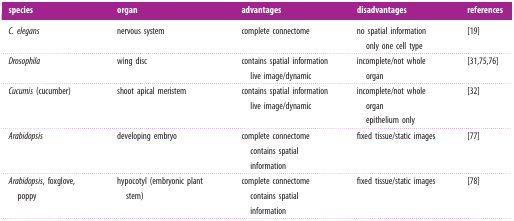
<table><thead><tr><td><b>species</b></td><td><b>organ</b></td><td><b>advantages</b></td><td><b>disadvantages</b></td><td><b>references</b></td></tr></thead><tbody><tr><td><i>C. elegans</i></td><td>nervous system</td><td>complete connectome</td><td>no spatial informationonly one cell type</td><td>[19]</td></tr><tr><td><i>Drosophila</i></td><td>wing disc</td><td>contains spatial informationlive image/dynamic</td><td>incomplete/not whole organ</td><td>[31,75,76]</td></tr><tr><td><i>Cucumis</i> (cucumber)</td><td>shoot apical meristem</td><td>contains spatial informationlive image/dynamic</td><td>incomplete/not whole organepithelium only</td><td>[32]</td></tr><tr><td><i>Arabidopsis</i></td><td>developing embryo</td><td>complete connectomecontains spatial information</td><td>fixed tissue/static images</td><td>[77]</td></tr><tr><td><i>Arabidopsis</i>, foxglove, poppy</td><td>hypocotyl (embryonic plant stem)</td><td>complete connectomecontains spatial information</td><td>fixed tissue/static images</td><td>[78]</td></tr></tbody></table>